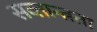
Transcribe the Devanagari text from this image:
सव्तान्त्रता